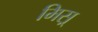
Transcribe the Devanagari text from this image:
मिस्र्